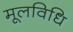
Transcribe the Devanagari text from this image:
मूलविधि